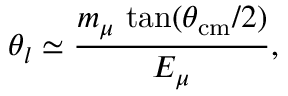
\theta _ { l } \simeq \frac { m _ { \mu } \, \tan ( \theta _ { \mathrm { c m } } / 2 ) } { E _ { \mu } } ,